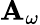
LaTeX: \mathbf{A}_{\omega}